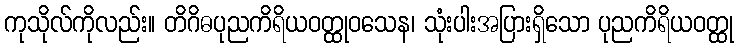
ကုသိုလ်ကိုလည်း။ တိဂိဓပုညကိရိယဝတ္ထုဝသေန၊ သုံးပါးအပြားရှိသော ပုညကိရိယဝတ္ထု